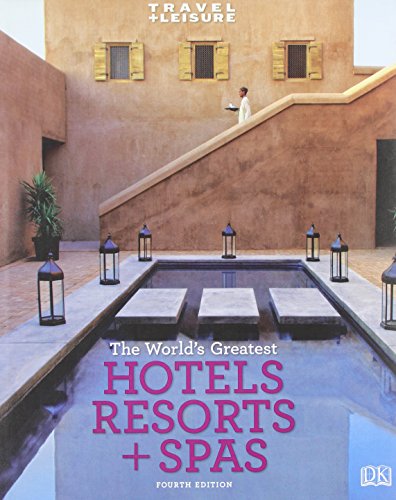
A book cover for Travel + Leisure: World's Greatest Hotels, Resorts & Spas: 2009 (Worlds Greatest Hotels, Resorts and Spas) (Travel + Leisure's the Best of ...: The Year's Greatest Hotels Resor); DK Publishing; Travel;